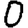
Digit: 0